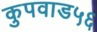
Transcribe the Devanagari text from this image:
कुपवाड५६